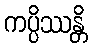
ကပ္ပိဿန္တိ